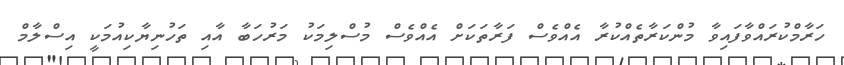
ހަރާމްކުރައްވާފައިވާ މުންކަރާތެއްކުރާ އެއްވެސް ފަރާތަކަށް އެއްވެސް މުސްލިމަކު މަރުހަބާ އާއި ތަހުނިޔާކިއުމަކީ އިސްލާމް